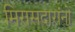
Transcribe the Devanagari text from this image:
मिरासदारांनो